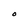
Character: O